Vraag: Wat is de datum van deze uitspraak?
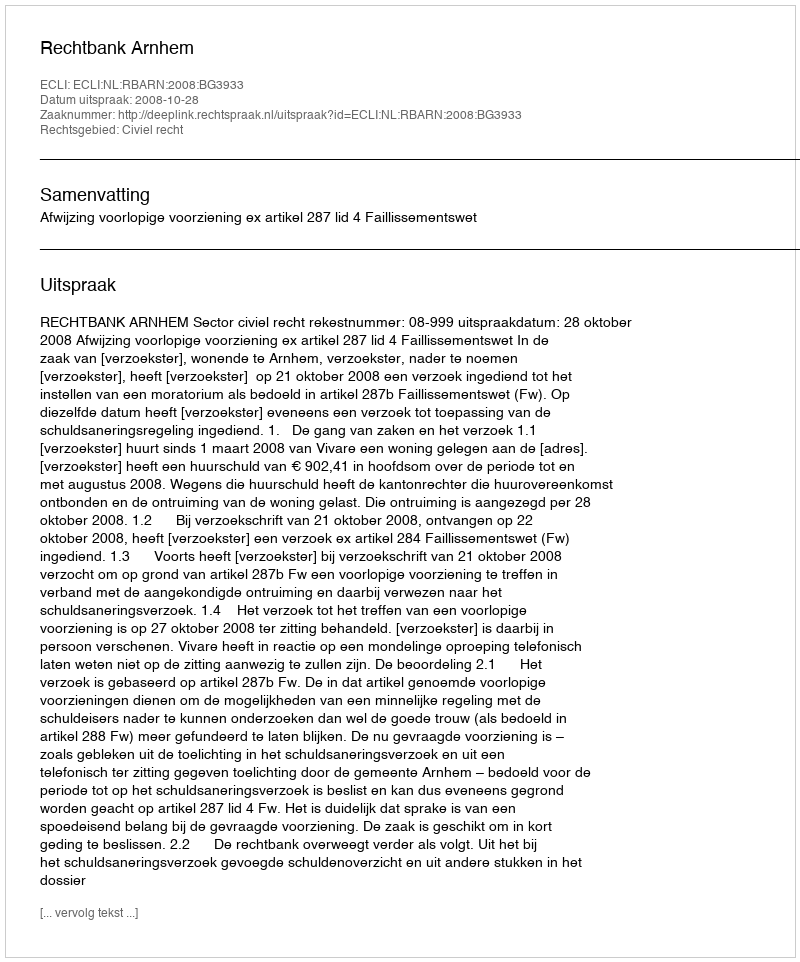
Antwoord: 2008-10-28